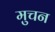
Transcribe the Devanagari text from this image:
मुचन